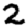
Digit: 2